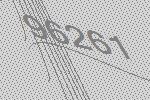
96261